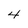
Character: 4